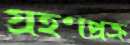
গ্রহণপ্রক্র